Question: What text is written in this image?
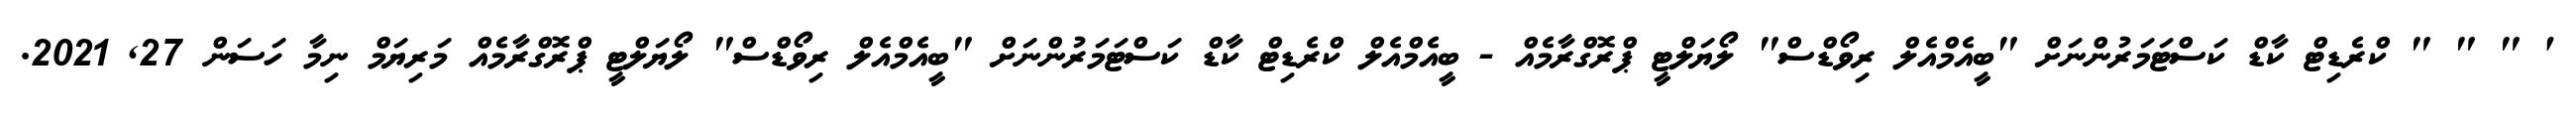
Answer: ' " " " ކްރެޑިޓް ކާޑް ކަސްޓަމަރުންނަށް "ބީއެމްއެލް ރިވޯޑްސް" ލޯޔަލްޓީ ޕްރޮގްރާމެއް - ބީއެމްއެލް ކްރެޑިޓް ކާޑް ކަސްޓަމަރުންނަށް "ބީއެމްއެލް ރިވޯޑްސް" ލޯޔަލްޓީ ޕްރޮގްރާމެއް މަރިޔަމް ނިމާ ހަސަން 27, 2021.